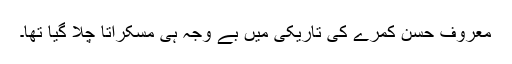
معروف حسن کمرے کی تاریکی میں بے وجہ ہی مسکراتا چلا گیا تھا۔